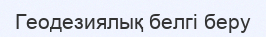
Геодезиялық белгі беру